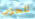
للحزب